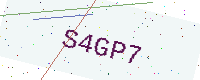
Text: S4GP7